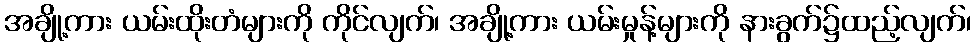
အချို့ကား ယမ်းထိုးတံများကို ကိုင်လျက်၊ အချို့ကား ယမ်းမှုန့်များကို နားခွက်၌ထည့်လျက်၊